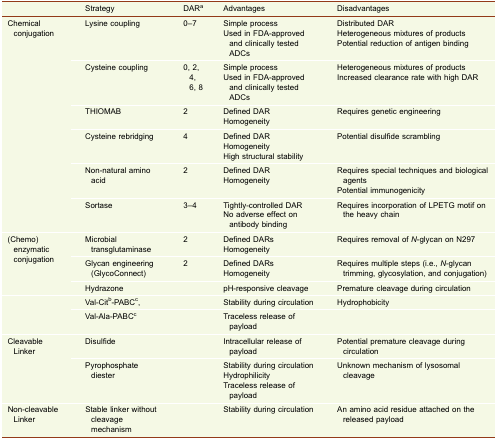
|  | Strategy | DARa | Advantages | Disadvantages |
 | --- | --- | --- | --- | --- |
 | <ROWSPAN=6> Chemical conjugation | Lysine coupling | 0–7 | Simple processUsed in FDA-approved and clinically tested ADCs | Distributed DARHeterogeneous mixtures of productsPotential reduction of antigen binding |
 | Cysteine coupling | 0, 2, 4, 6, 8 | Simple processUsed in FDA-approved and clinically tested ADCs | Heterogeneous mixtures of productsIncreased clearance rate with high DAR |
 | THIOMAB | 2 | Defined DARHomogeneity | Requires genetic engineering |
 | Cysteine rebridging | 4 | Defined DARHomogeneityHigh structural stability | Potential disulfide scrambling |
 | Non-natural amino acid | 2 | Defined DARHomogeneity | Requires special techniques and biological agentsPotential immunogenicity |
 | Sortase | 3–4 | Tightly-controlled DARNo adverse effect on antibody binding | Requires incorporation of LPETG motif on the heavy chain |
 | <ROWSPAN=3> (Chemo) enzymatic conjugation | Microbial transglutaminase | 2 | Defined DARsHomogeneity | Requires removal of N-glycan on N297 |
 | Glycan engineering (GlycoConnect) | 2 | Defined DARsHomogeneity | Requires multiple steps (i.e., N-glycan trimming, glycosylation, and conjugation) |
 | Hydrazone |  | pH-responsive cleavage | Premature cleavage during circulation |
 | <ROWSPAN=2>  | Val-Citb-PABCc, |  | Stability during circulation | Hydrophobicity |
 | Val-Ala-PABCc |  | Traceless release of payload |  |
 | <ROWSPAN=2> Cleavable Linker | Disulfide |  | Intracellular release of payload | Potential premature cleavage during circulation |
 | Pyrophosphate diester |  | Stability during circulationHydrophilicityTraceless release of payload | Unknown mechanism of lysosomal cleavage |
 | Non-cleavable Linker | Stable linker without cleavage mechanism |  | Stability during circulation | An amino acid residue attached on the released payload |